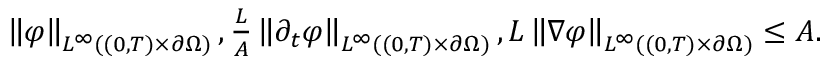
\begin{array} { r } { \left\lVert \varphi \right\rVert _ { L ^ { \infty } ( ( 0 , T ) \times \partial \Omega ) } , \frac L A \left\lVert \partial _ { t } \varphi \right\rVert _ { L ^ { \infty } ( ( 0 , T ) \times \partial \Omega ) } , L \left\lVert \nabla \varphi \right\rVert _ { L ^ { \infty } ( ( 0 , T ) \times \partial \Omega ) } \le A . } \end{array}